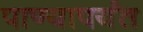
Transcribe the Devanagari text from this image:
पाण्यापर्यंत